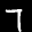
Label: 7